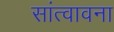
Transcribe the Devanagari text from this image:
सांत्वावना